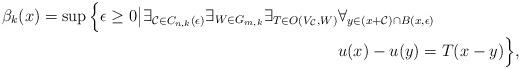
LaTeX: \begin{align*}\beta_k(x)=\sup\Big\{\epsilon\geq 0\big|\exists_{\mathcal{C}\in C_{n,k}(\epsilon)}\exists_{W\in G_{m,k}}\exists_{T\in O(V_{\mathcal{C}},W)}&\forall_{y\in (x+\mathcal{C})\cap B(x,\epsilon)} \\&u(x)-u(y)=T(x-y) \Big\}, \end{align*}